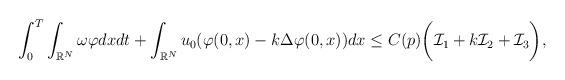
LaTeX: \begin{align*}&\int_0^T\int_{\mathbb{R}^{N}} \omega\varphi dx dt+\int_{\mathbb{R}^{N}}u_0(\varphi(0,x)-k\Delta\varphi(0,x))dx\leq C(p)\biggr(\mathcal{I}_1+k\mathcal{I}_2+\mathcal{I}_3\biggr),\end{align*}